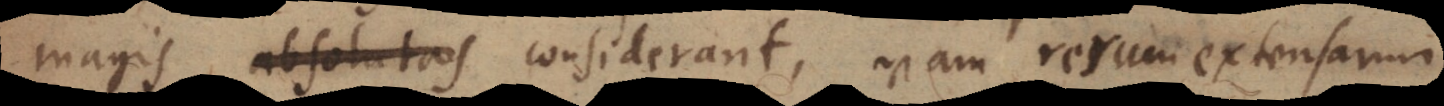
magis considerant, nam rerum extensarum